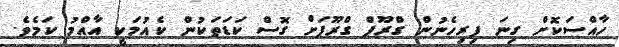
ހާއްސަކޮށް ގިނަ ފިރިހެނުން ގްރޫޕް ގްރޫޕަށް ގޮސް ކަޑަތަކުން ކެއުމަކީ އާއްމު ކަމެވެ.